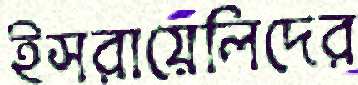
ইসরায়েলিদের